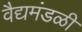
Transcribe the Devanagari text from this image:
वैद्यमंडळी